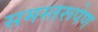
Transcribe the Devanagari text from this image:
समस्तरूपेण